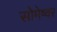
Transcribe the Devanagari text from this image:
सोमेष्वर